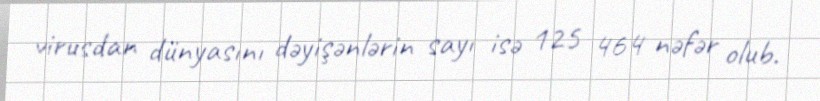
virusdan dünyasını dəyişənlərin sayı isə 125 464 nəfər olub.